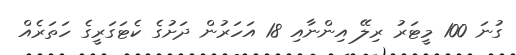
ގުނަ 100 މީޓަރު ރިލޭ އިންނާއި 18 އަހަރުން ދަށުގެ ކެޓަގަރީގެ ހަތަރެއް